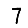
Digit: 7